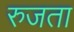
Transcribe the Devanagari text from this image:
रुजता